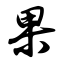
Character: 果